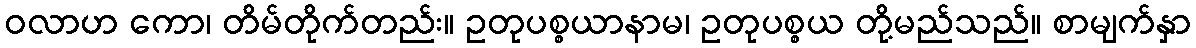
ဝလာဟ ကော၊ တိမ်တိုက်တည်း။ ဥတုပစ္စယာနာမ၊ ဥတုပစ္စယ တို့မည်သည်။ စာမျက်နှာ